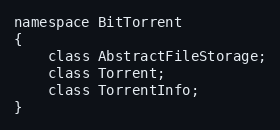
Language: C
namespace BitTorrent
{
    class AbstractFileStorage;
    class Torrent;
    class TorrentInfo;
}